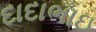
દાદાભાઇ